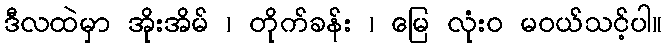
ဒီလထဲမှာ အိုးအိမ် ၊ တိုက်ခန်း ၊ မြေ လုံး၀ မဝယ်သင့်ပါ။